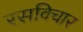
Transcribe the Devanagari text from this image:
रसविचार